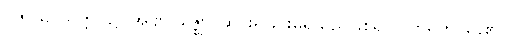
ပဇာယ၊ သတ္တဝါ၌။ အဗျာပဇ္ဈော၊ ဆင်းရဲခြင်းမရှိသည်ဖြစ်၍။ ဝိဟရတိ၊ နေ၏။